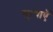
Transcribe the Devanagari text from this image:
सुत्याएँ